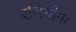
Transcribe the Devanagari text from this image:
एजिथीना